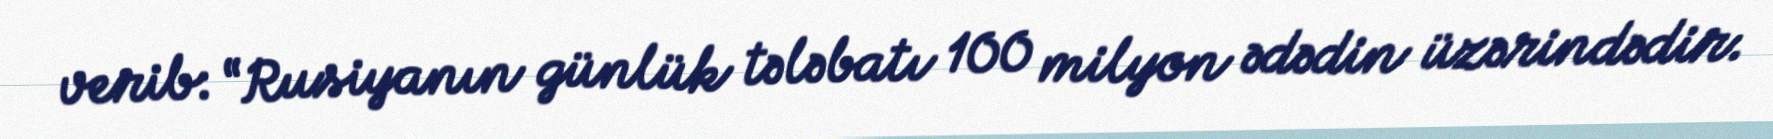
verib: “Rusiyanın günlük tələbatı 100 milyon ədədin üzərindədir.